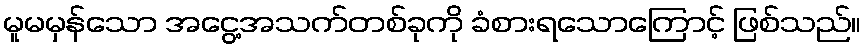
မူမမှန်သော အငွေ့အသက်တစ်ခုကို ခံစားရသောကြောင့် ဖြစ်သည်။